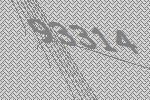
93314